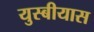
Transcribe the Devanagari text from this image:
युस्बीयास